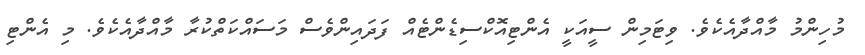
މުހިންމު މާއްދާއެކެވެ. ވިޓަމިން ސީއަކީ އެންޓިއޮކްސިޑެންޓެއް ފަދައިންވެސް މަސައްކަތްކުރާ މާއްދާއެކެވެ. މި އެންޓި